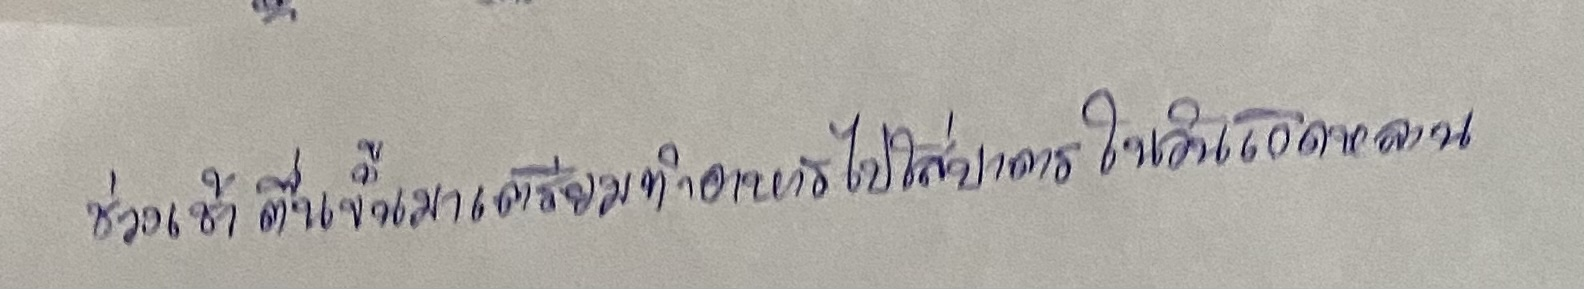
ช่วงเช้าตื่นขึ้นมาเตรียมทำอาหารไปใส่บาตรในวันเกิดหลาน